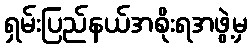
ရှမ်းပြည်နယ်အစိုးရအဖွဲ့မှ